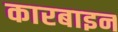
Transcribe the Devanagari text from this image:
कारबाइन